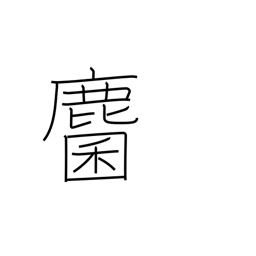
Meaning: roe deer